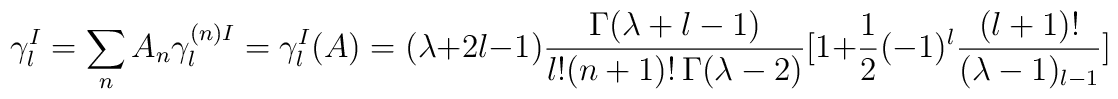
\gamma^{I}_l = \sum_n A_n \gamma^{(n) I}_l=\gamma^{I}_l(A)  = (\lambda +2l-1) \frac{\Gamma(\lambda +l-1)}{l! (n+1)! \, \Gamma(\lambda-2)}[1+\frac{1}{2}(-1)^l \frac{(l+1)!}{(\lambda-1)_{l-1}}]